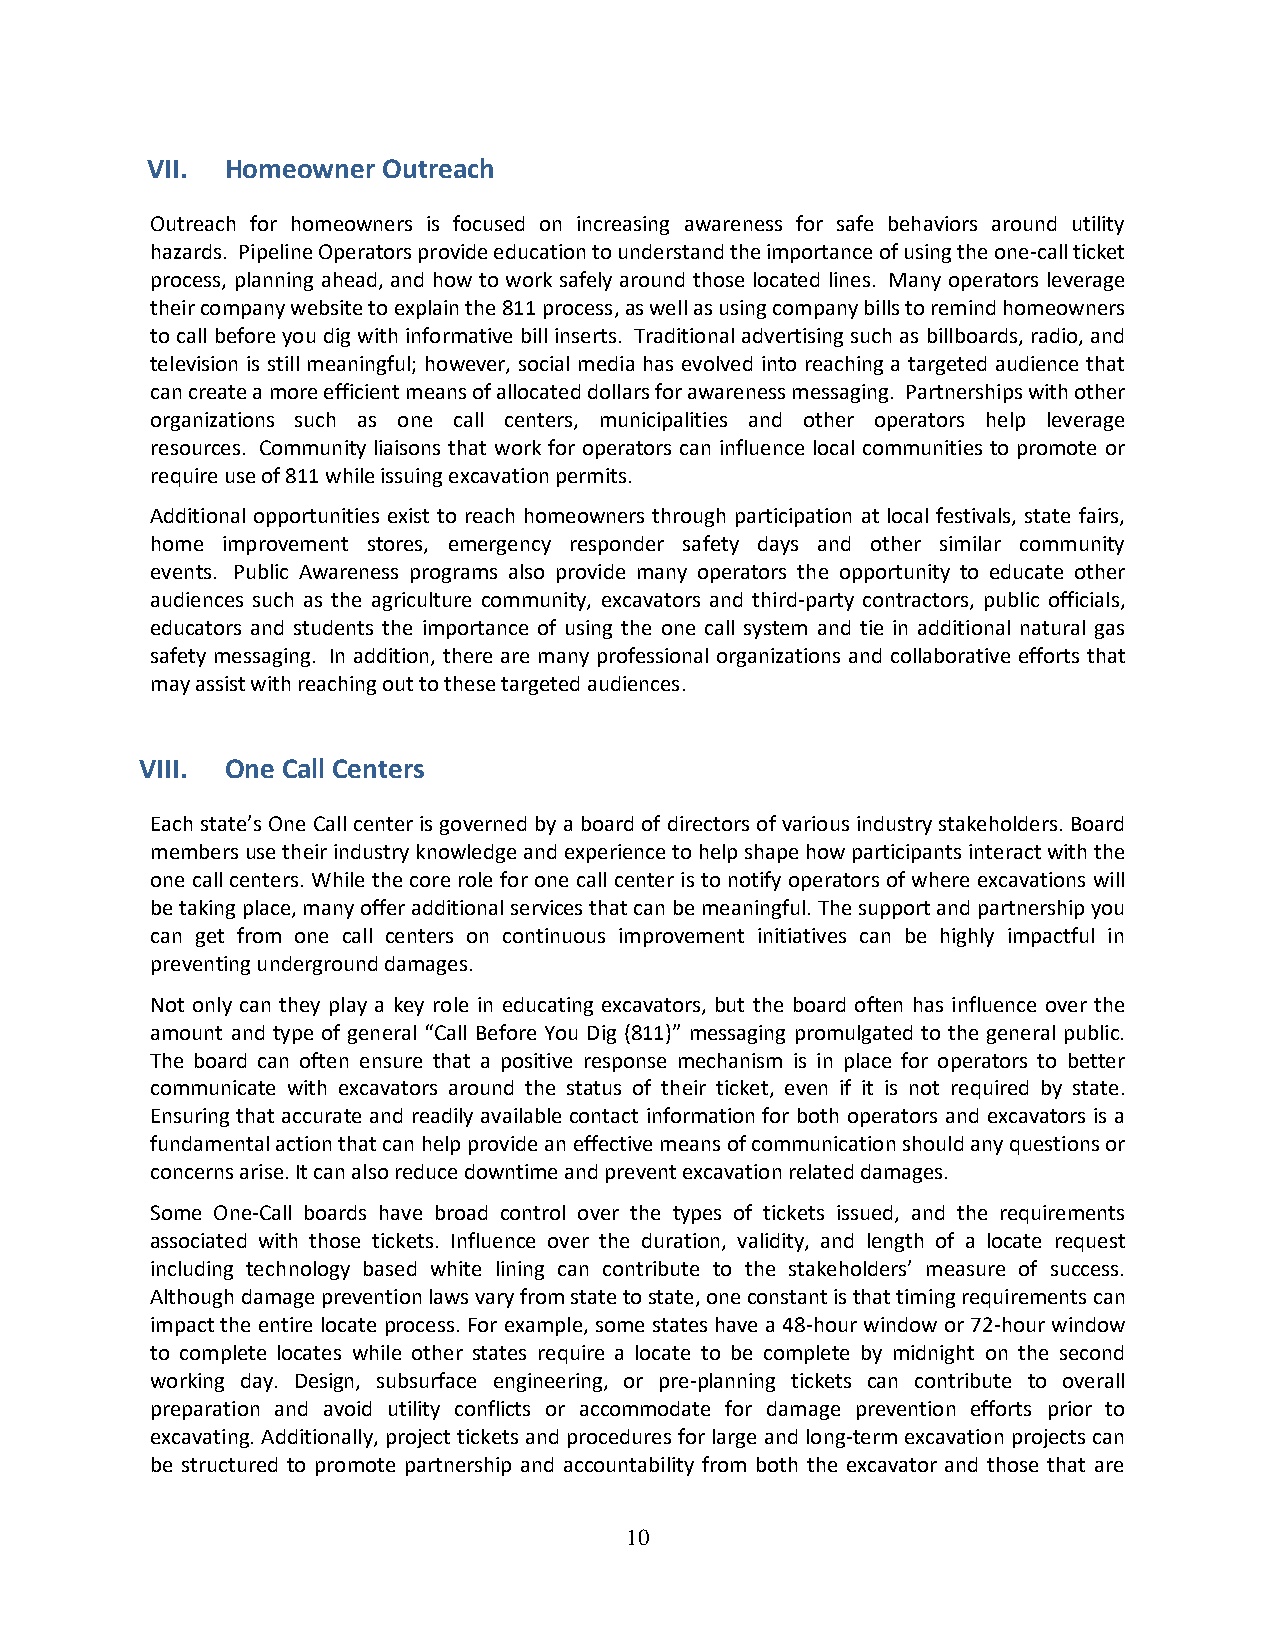
VII. Homeowner Outreach
 Outreach for homeowners is focused on increasing awareness for safe behaviors around utility
 hazards. Pipeline Operators provide education to understand the importance of using the one-call ticket
 process, planning ahead, and how to work safely around those located lines. Many operators leverage
 their company website to explain the 811 process, as well as using company bills to remind homeowners
 to call before you dig with informative bill inserts. Traditional advertising such as billboards, radio, and
 television is still meaningful; however, social media has evolved into reaching a targeted audience that
 can create a more efficient means of allocated dollars for awareness messaging. Partnerships with other
 organizations such as one call centers, municipalities and other operators help leverage
 resources. Community liaisons that work for operators can influence local communities to promote or
 require use of 811 while issuing excavation permits.
 Additional opportunities exist to reach homeowners through participation at local festivals, state fairs,
 home improvement stores, emergency responder safety days and other similar community
 events. Public Awareness programs also provide many operators the opportunity to educate other
 audiences such as the agriculture community, excavators and third-party contractors, public officials,
 educators and students the importance of using the one call system and tie in additional natural gas
 safety messaging. In addition, there are many professional organizations and collaborative efforts that
 may assist with reaching out to these targeted audiences.
 VIII. One Call Centers
 Each state’s One Call center is governed by a board of directors of various industry stakeholders. Board
 members use their industry knowledge and experience to help shape how participants interact with the
 one call centers. While the core role for one call center is to notify operators of where excavations will
 be taking place, many offer additional services that can be meaningful. The support and partnership you
 can get from one call centers on continuous improvement initiatives can be highly impactful in
 preventing underground damages.
 Not only can they play a key role in educating excavators, but the board often has influence over the
 amount and type of general “Call Before You Dig (811)” messaging promulgated to the general public.
 The board can often ensure that a positive response mechanism is in place for operators to better
 communicate with excavators around the status of their ticket, even if it is not required by state.
 Ensuring that accurate and readily available contact information for both operators and excavators is a
 fundamental action that can help provide an effective means of communication should any questions or
 concerns arise. It can also reduce downtime and prevent excavation related damages.
 Some One-Call boards have broad control over the types of tickets issued, and the requirements
 associated with those tickets. Influence over the duration, validity, and length of a locate request
 including technology based white lining can contribute to the stakeholders’ measure of success.
 Although damage prevention laws vary from state to state, one constant is that timing requirements can
 impact the entire locate process. For example, some states have a 48-hour window or 72-hour window
 to complete locates while other states require a locate to be complete by midnight on the second
 working day. Design, subsurface engineering, or pre-planning tickets can contribute to overall
 preparation and avoid utility conflicts or accommodate for damage prevention efforts prior to
 excavating. Additionally, project tickets and procedures for large and long-term excavation projects can
 be structured to promote partnership and accountability from both the excavator and those that are
 10